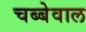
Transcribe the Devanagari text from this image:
चब्बेवाल